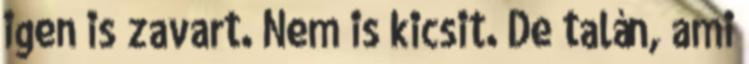
igen is zavart. Nem is kicsit. De talán, ami